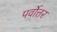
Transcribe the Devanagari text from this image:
पर्वोत्तर